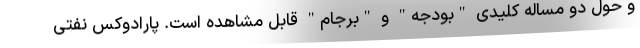
و حول دو مساله کلیدی "بودجه" و "برجام" قابل مشاهده است. پارادوکس نفتی